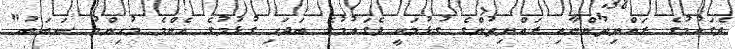
ދެގައުމުގެ ރައްޔިތުންނާއި ރައްޔިތުންގެ ގުޅުމަކީ ދެގައުމުގެ ބަދަހި ގުޅުމުގެ އެންމެ މުހިންމު ސަބަބު"